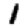
Digit: 1